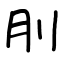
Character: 刖